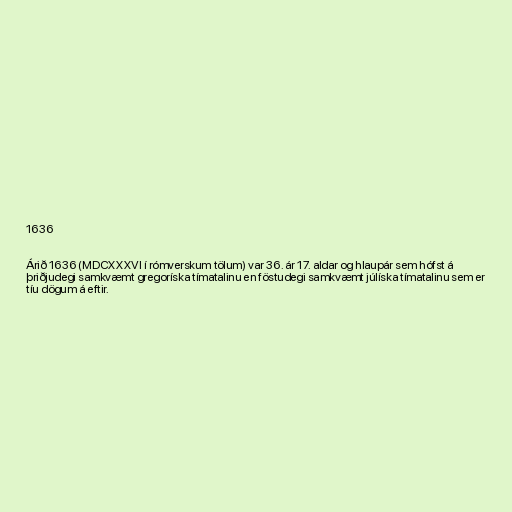
1636

Árið 1636 (MDCXXXVI í rómverskum tölum) var 36. ár 17. aldar og hlaupár sem hófst á
þriðjudegi samkvæmt gregoríska tímatalinu en föstudegi samkvæmt júlíska tímatalinu sem er
tíu dögum á eftir.